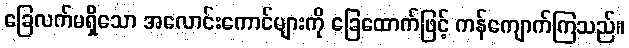
ခြေလက်မရှိသော အလောင်းကောင်များကို ခြေထောက်ဖြင့် ကန်ကျောက်ကြသည်။